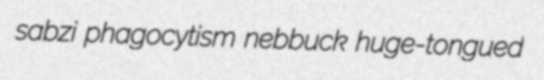
sabzi phagocytism nebbuck huge-tongued